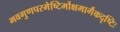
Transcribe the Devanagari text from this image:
भवगुणपरमेष्टिर्मोक्षमार्गैकदृष्टिः